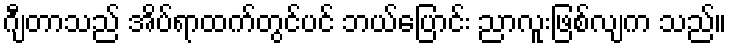
ဂျီတာသည် အိပ်ရာထက်တွင်ပင် ဘယ်ပြောင်း ညာလူးဖြစ်လျက သည်။